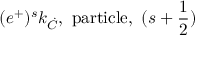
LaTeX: ( e ^ { + } ) ^ { s } k _ { \dot { C } } \mathrm { , ~ p a r t i c l e , ~ } ( s + \frac { 1 } { 2 } )